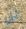
لن